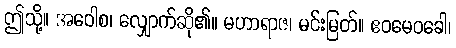
ဤသို့။ အဝေါစ၊ လျှောက်ဆို၏။ မဟာရာဇ၊ မင်းမြတ်။ ဧဝမေဝခေါ၊